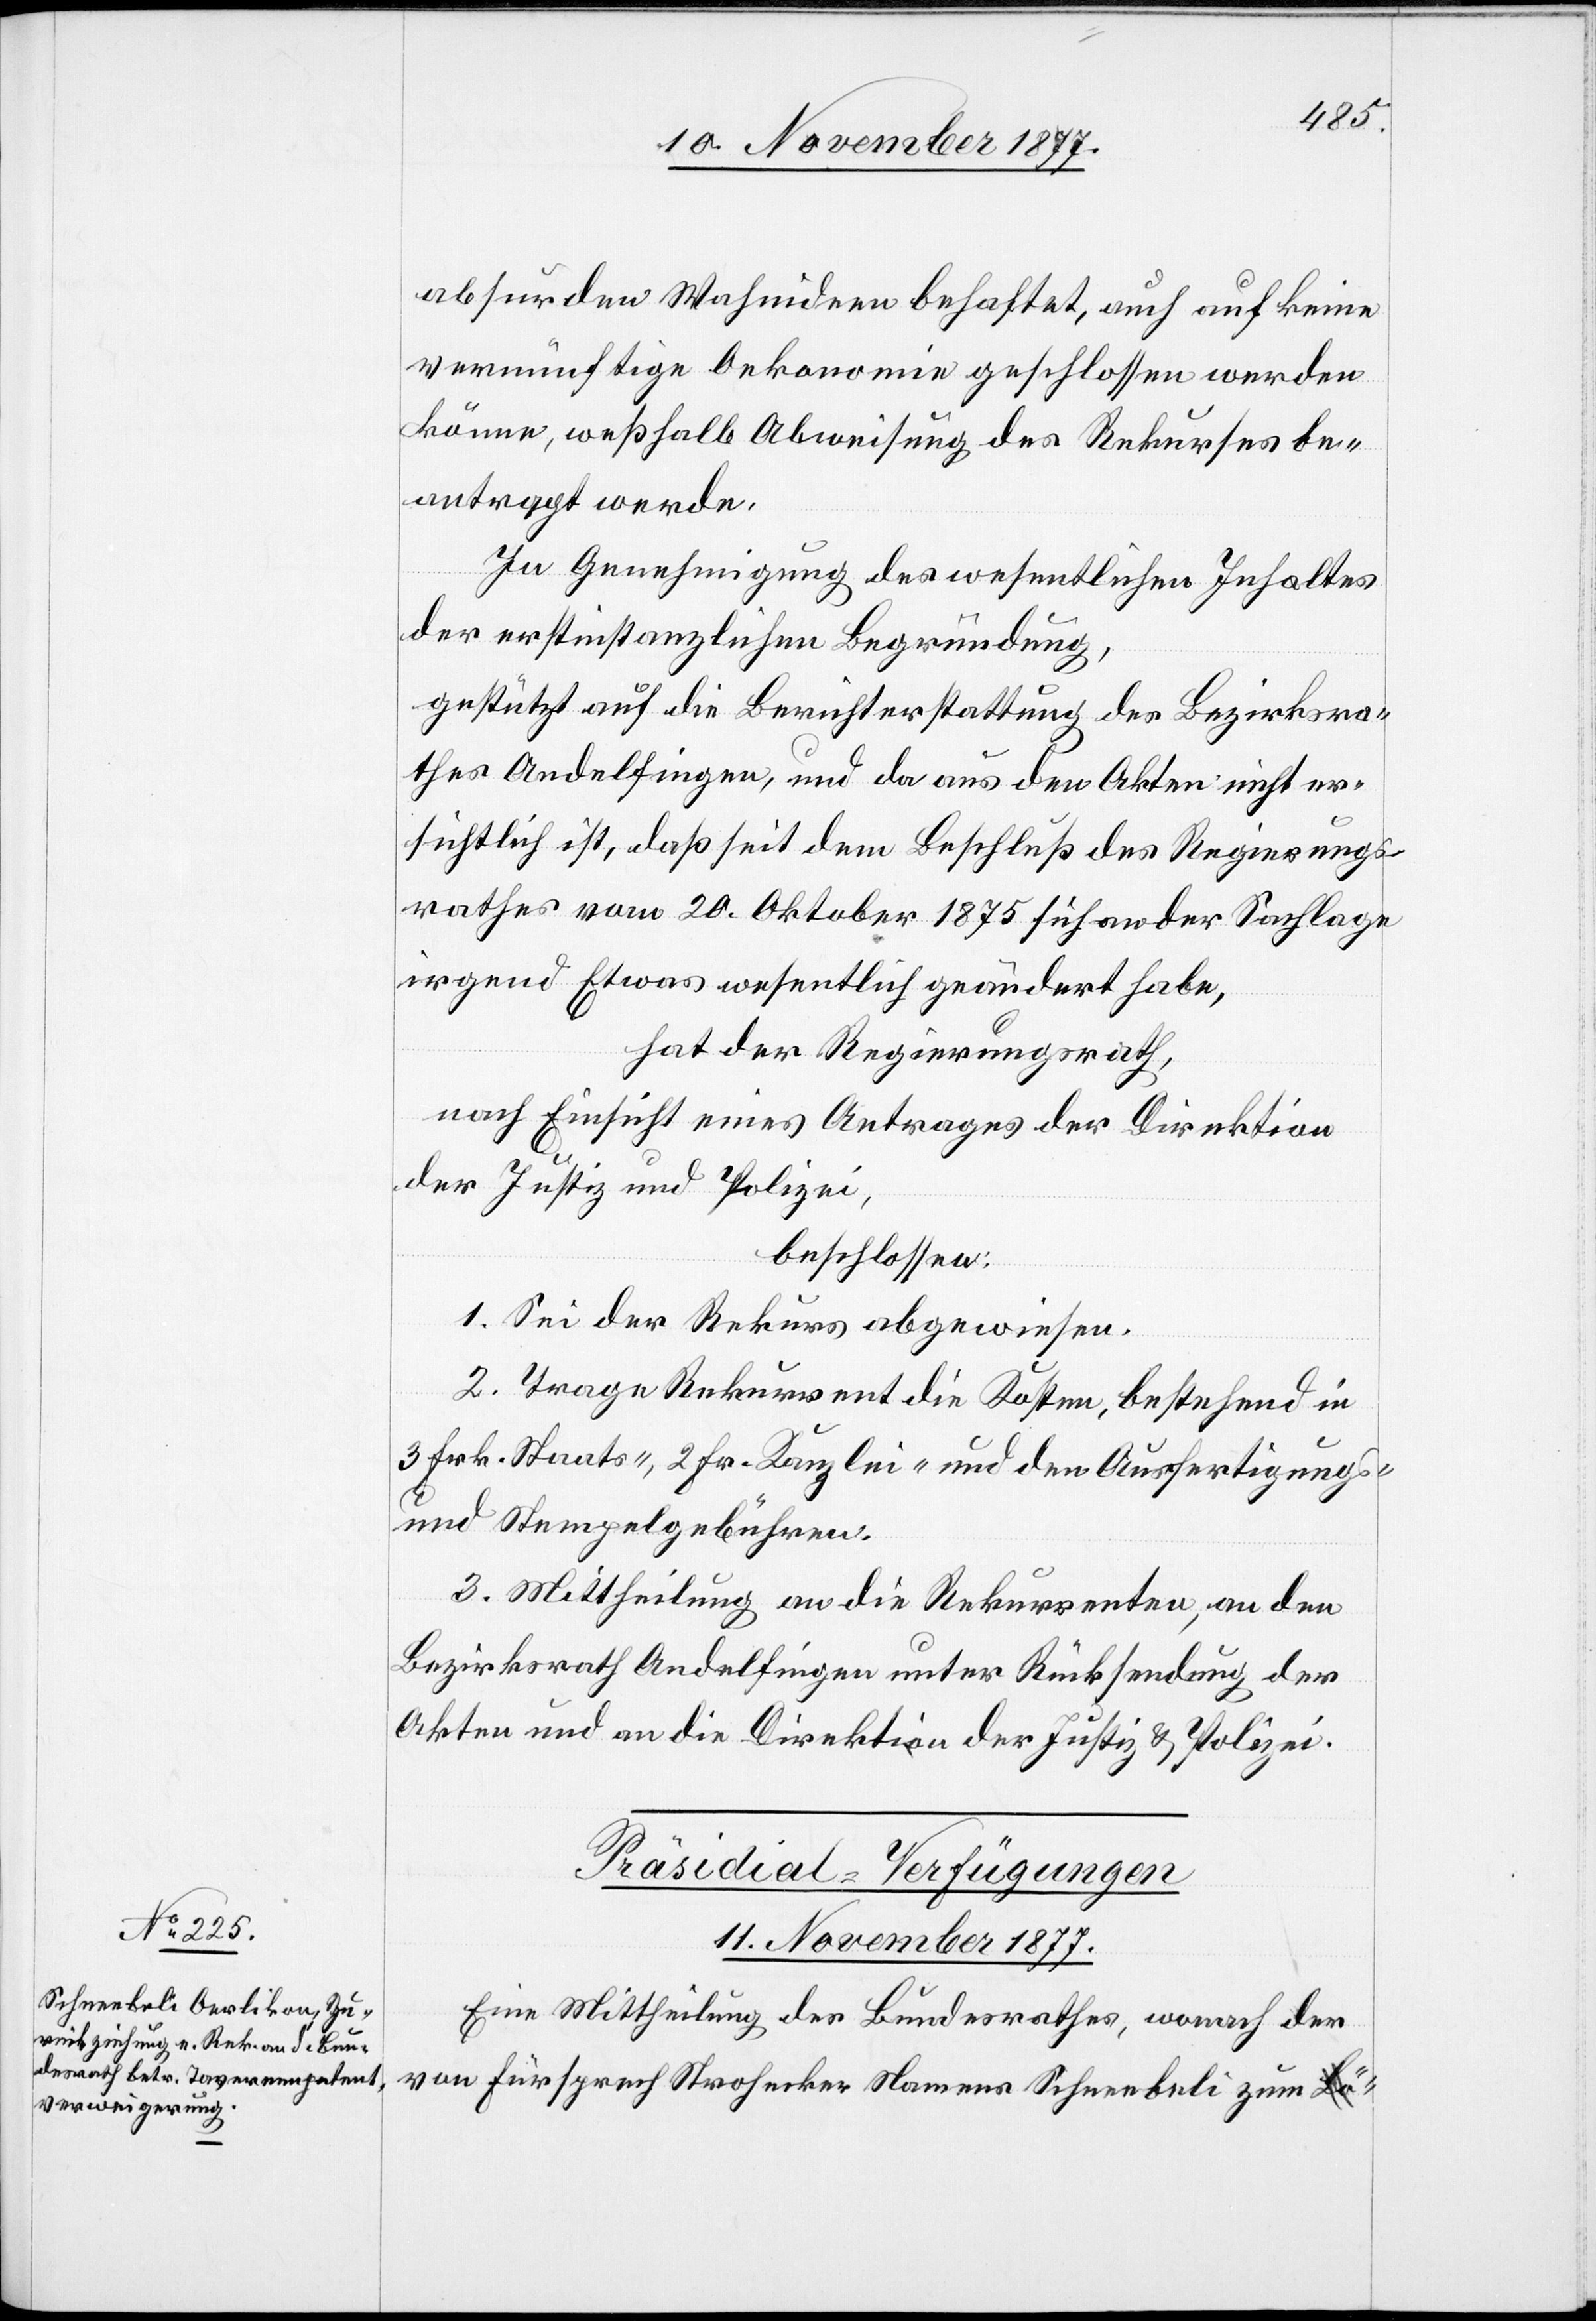
absurden Wahnideen behaftet, auch auf keine
vernünftige Oekonomie geschlossen werden
könne, weßhalb Abweisung des Rekurses be¬
antragt werde.
In Genehmigung des wesentlichen Inhaltes
der erstinstanzlichen Begründung,
gestützt auf die Berichterstattung des Bezirksra¬
thes Andelfingen, und da aus den Akten nicht er¬
sichtlich ist, daß seit dem Beschluß des Regierungs¬
rathes vom 20. Oktober 1875 sich an der Sachlage
irgend Etwas wesentlich geändert habe,
hat der Regierungsrath,
nach Einsicht eines Antrages der Direktion
der Justiz und Polizei,
beschlossen:
1. Sei der Rekurs abgewiesen.
2. Trage Rekurrent die Kosten, bestehend in
3 Frk. Staats-, 2 Fr. Kanzlei- und den Ausfertigungs-
und Stempelgebühren.
3. Mittheilung an die Rekurrenten, an den
Bezirksrath Andelfingen unter Rücksendung der
Akten und an die Direktion der Justiz & Polizei.
Präsidial-Verfügungen
11. November 1877.
Eine Mittheilung des Bundesrathes, wonach der
von Fürsprech Strohecker Namens Schneebeli zum